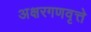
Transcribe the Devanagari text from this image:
अक्षरगणवृत्ते